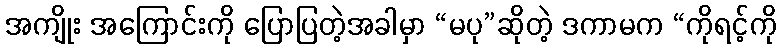
အကျိုး အကြောင်းကို ပြောပြတဲ့အခါမှာ “မပု”ဆိုတဲ့ ဒကာမက “ကိုရင့်ကို